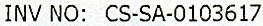
INV NO: CS-SA-0103617